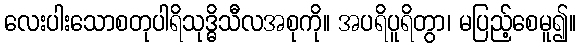
လေးပါးသောစတုပါရိသုဒ္ဓိသီလအစုကို။ အပရိပူရိတွာ၊ မပြည့်စေမူ၍။